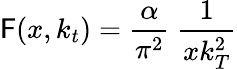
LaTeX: \mathsf{F}(x,k_{t})={\frac{{\alpha}}{{\pi^{2}}}}~{\frac{{1}}{{xk_{T}^{2}}}}